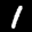
Label: 1